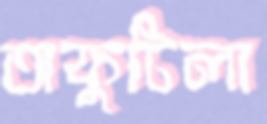
অকুটিলা